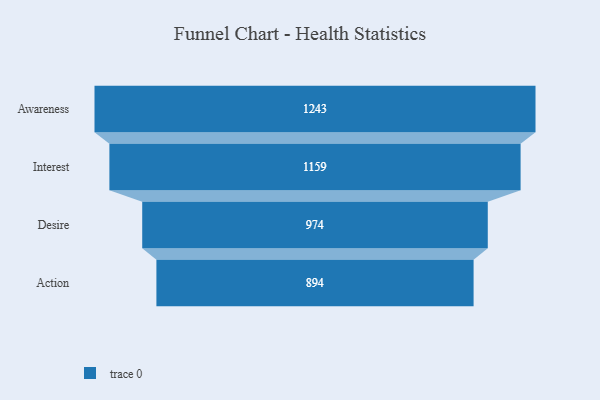
{"axis": {"x": "Stage", "y": "Value"}, "legend": [""], "data": [{"x": "Awareness", "y": 1243.0, "type": ""}, {"x": "Interest", "y": 1159.0, "type": ""}, {"x": "Desire", "y": 974.0, "type": ""}, {"x": "Action", "y": 894.0, "type": ""}]}